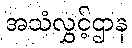
အသံလွှင့်ဌာန